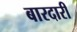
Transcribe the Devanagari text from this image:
बारदारी